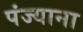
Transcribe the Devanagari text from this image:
पंज्याना